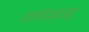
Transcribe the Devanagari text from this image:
थायोसायनेट